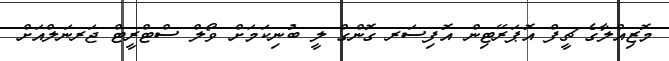
މޮޒިއްލާގެ ޗީފް އޮޕަރޭޓިން އޮފިސަރ ގޮންގް ލީ ބުނިކަމަށް ވޯލް ސްޓްރީޓް ޖަރނަލްއަށް